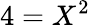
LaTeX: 4=X^{2}